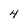
Character: 4